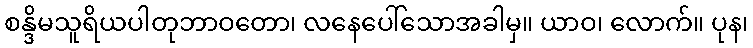
စန္ဒိမသူရိယပါတုဘာဝတော၊ လနေပေါ်သောအခါမှ။ ယာဝ၊ လောက်။ ပုန၊